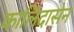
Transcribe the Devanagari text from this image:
कालिदासेन